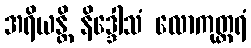
အရိယန္တိ နိဒ္ဒေါသံ လောကုတ္တရံ